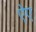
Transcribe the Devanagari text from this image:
ऐए